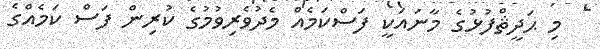
މި ޙަދީޘްފުޅުގެ މާނައަކީ ފަސްކަމެއް މެދުވެރިވުމުގެ ކުރިން ފަސް ކަމެއްގެ